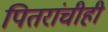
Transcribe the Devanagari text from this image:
पितरांचीही